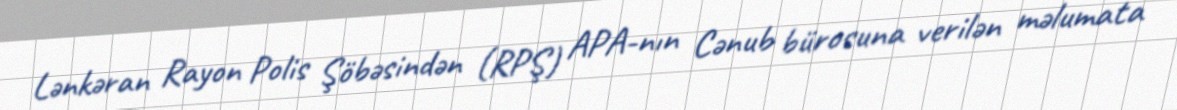
Lənkəran Rayon Polis Şöbəsindən (RPŞ) APA-nın Cənub bürosuna verilən məlumata